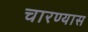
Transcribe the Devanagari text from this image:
चारण्यास